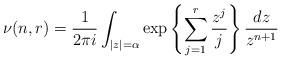
LaTeX: \begin{align*} \nu(n,r)={1\over 2\pi i}\int_{|z|=\alpha} \exp\left\{\sum_{j=1}^r\frac{z^j}{j}\right\} {dz\over z^{n+1}} \end{align*}